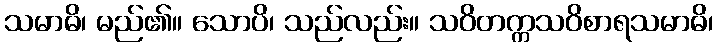
သမာဓိ၊ မည်၏။ သောပိ၊ သည်လည်း။ သဝိတက္ကသဝိစာရသမာဓိ၊